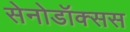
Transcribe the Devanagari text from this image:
सेनोडॉक्सस